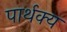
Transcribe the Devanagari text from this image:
पार्थक्‍य